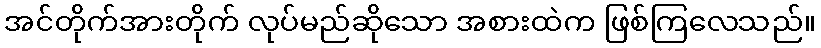
အင်တိုက်အားတိုက် လုပ်မည်ဆိုသော အစားထဲက ဖြစ်ကြလေသည်။